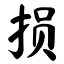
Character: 损